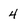
Character: 4